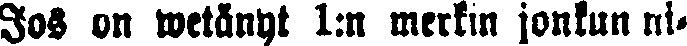
Jos on wetänyt 1:n merkin jonkun ni-